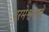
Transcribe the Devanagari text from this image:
परमेश्वराचें